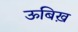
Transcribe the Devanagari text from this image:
ऊबिख़